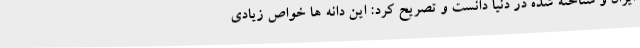
ایران و شناخته شده در دنیا دانست و تصریح کرد: این دانه ها خواص زیادی